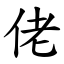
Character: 佬